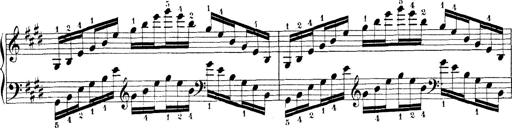
Title: Technische Studien
Composer: Franz Liszt